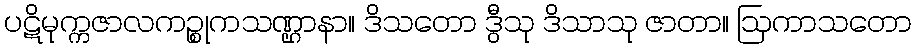
ပဋိမုက္ကဇာလကဉ္စုကသဏ္ဌာနာ။ ဒိသတော ဒွီသု ဒိသာသု ဇာတာ။ ဩကာသတော